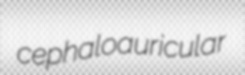
cephaloauricular